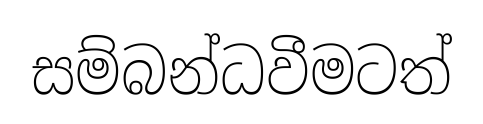
සම්බන්ධවීමටත්